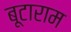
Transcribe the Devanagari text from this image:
बूटाराम